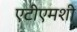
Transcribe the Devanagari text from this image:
एटीएमशी